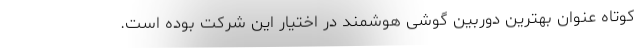
کوتاه عنوان بهترین دوربین گوشی هوشمند در اختیار این شرکت بوده است.